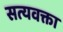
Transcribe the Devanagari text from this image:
सत्यवक्ता